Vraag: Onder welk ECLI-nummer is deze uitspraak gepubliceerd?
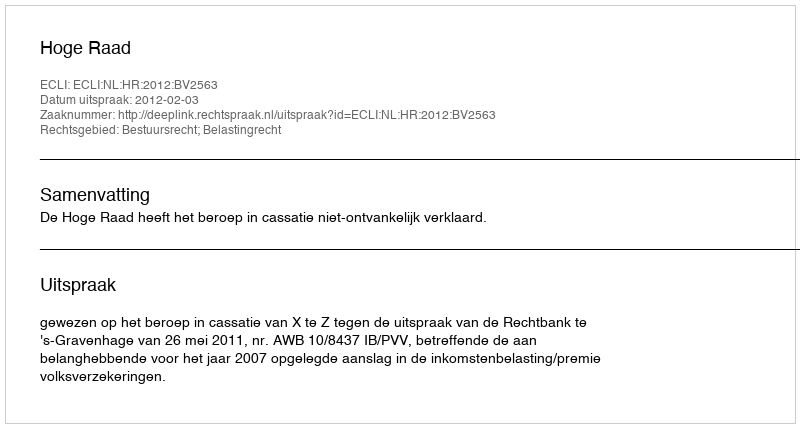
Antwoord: ECLI:NL:HR:2012:BV2563